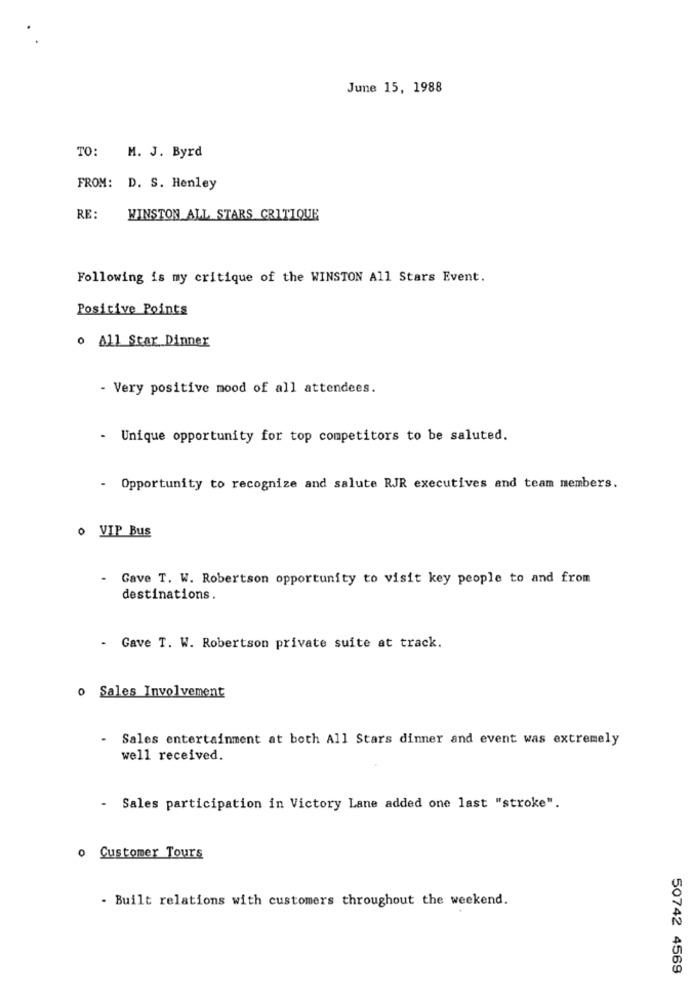
June 15, 1988
TO:
M. J. Byrd
FROM: D. S. Henley
RE:
WINSTON ALL STARS CRITIQUE
Following is my critique of the WINSTON All Stars Event.
Positive Points
o All Star Dinner
- Very positive mood of all attendees.
- Unique opportunity for top competitors to be saluted.
- Opportunity to recognize and salute RJR executives and team members.
· VIP Bus
.
Gave T. W. Robertson opportunity to visit key people to and from
destinations.
- Gave T. W. Robertson private suite at track.
o Sales Involvement
- Sales entertainment at both All Stars dinner and event was extremely
well received.
Sales participation in Victory Lane added one last "stroke".
o Customer Tours
- Built relations with customers throughout the weekend.
50742 4569